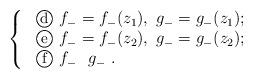
LaTeX: \begin{align*}\rm \left\{ \begin{array}{lll} \ \textcircled{\small{d}}~ f_{-}=f_{-}(z_{1}),~g_{-}=g_{-}(z_{1}); \\ \ \textcircled{\small{e}} ~f_{-}=f_{-}(z_{2}),~g_{-}=g_{-}(z_{2}); \\ \ \textcircled{\small{f}} ~f_{-}~~g_{-} ~. \end{array} \right.\end{align*}